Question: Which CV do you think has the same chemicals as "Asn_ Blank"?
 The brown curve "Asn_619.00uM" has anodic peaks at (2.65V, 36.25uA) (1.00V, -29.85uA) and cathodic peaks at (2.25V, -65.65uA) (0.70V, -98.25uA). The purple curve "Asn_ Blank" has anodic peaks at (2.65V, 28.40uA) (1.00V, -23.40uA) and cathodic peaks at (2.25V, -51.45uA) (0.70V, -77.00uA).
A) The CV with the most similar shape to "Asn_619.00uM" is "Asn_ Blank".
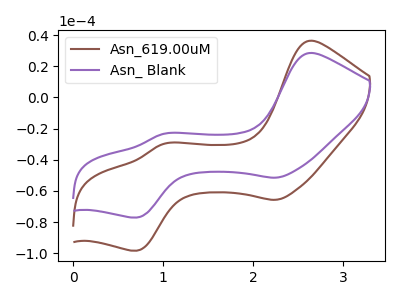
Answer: <think>All the peaks in "Asn_619.00uM" have a peak in "Asn_ Blank" at the same potential.
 </think>
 <answer>A) The CV with the most similar shape to "Asn_619.00uM" is "Asn_ Blank".</answer>
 <eval>A</eval>